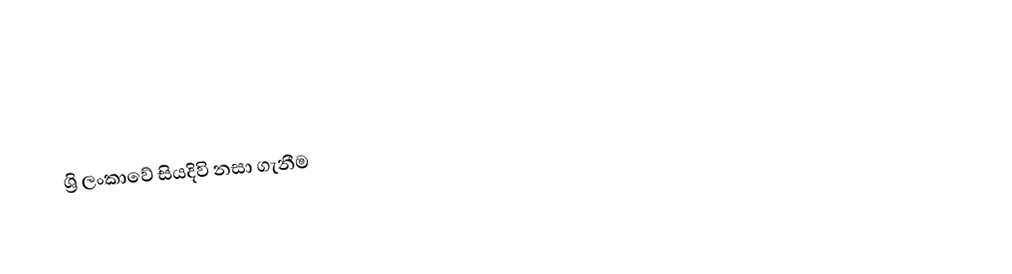
ශ්‍රි ලංකාවේ සියදිවි නසා ගැනීම